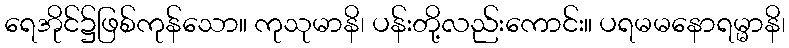
ရေအိုင်၌ဖြစ်ကုန်သော။ ကုသုမာနိ၊ ပန်းတို့လည်းကောင်း။ ပရမမနောရမ္မာနိ၊